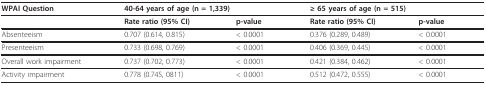
<table><thead><tr><td><b>WPAI Question</b></td><td colspan="2"><b>40-64 years of age (n = 1,339)</b></td><td colspan="2"><b>≥ 65 years of age (n = 515)</b></td></tr></thead><tbody><tr><td></td><td><b>Rate ratio (95% CI)</b></td><td><b>p-value</b></td><td><b>Rate ratio (95% CI)</b></td><td><b>p-value</b></td></tr><tr><td>Absenteeism</td><td>0.707 (0.614, 0.815)</td><td>&lt; 0.0001</td><td>0.376 (0.289, 0.489)</td><td>&lt; 0.0001</td></tr><tr><td>Presenteeism</td><td>0.733 (0.698, 0.769)</td><td>&lt; 0.0001</td><td>0.406 (0.369, 0.445)</td><td>&lt; 0.0001</td></tr><tr><td>Overall work impairment</td><td>0.737 (0.702, 0.773)</td><td>&lt; 0.0001</td><td>0.421 (0.384, 0.462)</td><td>&lt; 0.0001</td></tr><tr><td>Activity impairment</td><td>0.778 (0.745, 0811)</td><td>&lt; 0.0001</td><td>0.512 (0.472, 0.555)</td><td>&lt; 0.0001</td></tr></tbody></table>